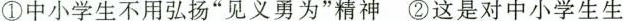
①中小学生不用弘扬”见义勇为”精神②这是对中小学生生